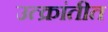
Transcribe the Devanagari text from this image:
उत्क्रांतीत